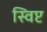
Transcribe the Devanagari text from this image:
स्विप्ट